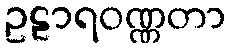
ဥဠာရဝဏ္ဏတာ